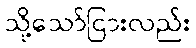
သို့သော်ငြားလည်း